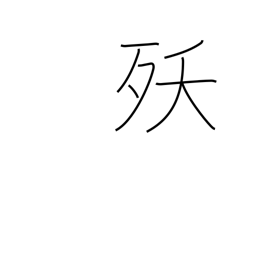
Meaning: dying young